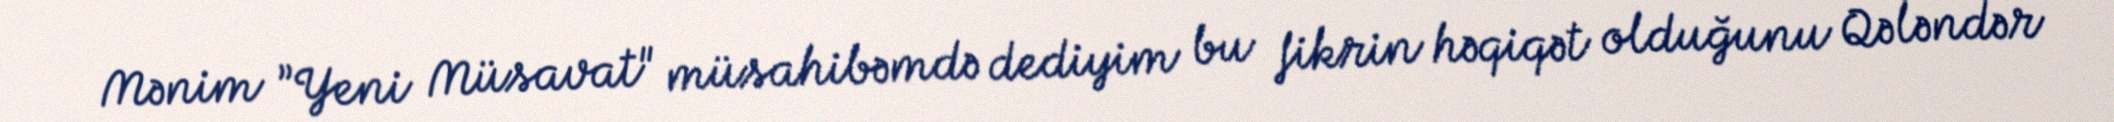
Mənim ”Yeni Müsavat" müsahibəmdə dediyim bu fikrin həqiqət olduğunu Qələndər